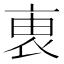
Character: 𧙏